Indian journal of veterinary science and animal husbandry - Volume 1,
Year: 1931
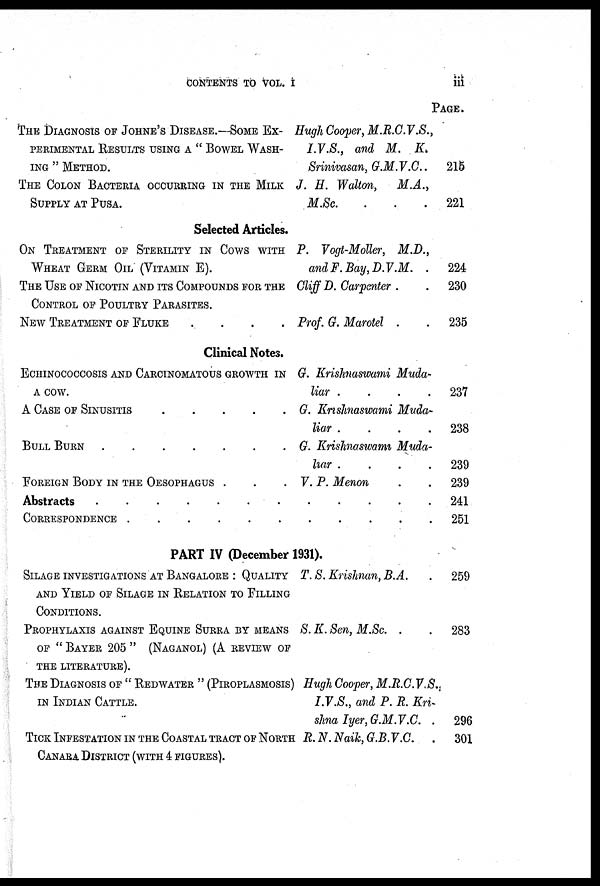
CONTENTS TO VOL. I
iii
THE DIAGNOSIS OF JOHNE'S DISEASE.—SOME EX-
PERIMENTAL RESULTS USING A " BOWEL WASH-
ING " METHOD.
THE COLON BACTERIA OCCURING IN THE MILK
SUPPLY AT PUSA.
Selected Articles.
ON TREATMENT OF STERILITY IN COWS WITH
WHEAT GERM OIL (VITAMIN E).
THE USE OF NICOTIN AND ITS COMPOUNDS FOR THE
CONTROL OF POULTRY PARASITES.
NEW TREATMENT OF FLUKE ....
Clinical Notes.
ECHINOCOCCOSIS AND CARCINOMATOUS GROWTH IN
A COW.
A
CASE
OF
SINUSITIS
BULL BURN
FOREIGN BODY IN THE OESOPHAGUS .
Abstracts
.......
CORRESPONDENCE
PAGE.
Hugh Cooper, M.R.C.V.S.,
I.V.S., and M.
K
Srinivasan, G.M.V.C.
J. H. Walton,
M.A.,
M.Sc.
...
P. Vogt-Moller, M.D.,
and F.Bay, D.V.M. .
Cliff D. Carpenter .
Prof. G. Marotel .
G. Krishnaswami Muda-
liar
....
G. Krishnaswami Muda-
liar
....
G. Krishnaswami Muda-
liar
....
V. P. Menon
.
.
PART IV (December 1931).
SILAGE INVESTIGATIONS AT BANGALORE : QUALITY
AND YIELD OF SILAGE IN RELATION TO FILLING
CONDITIONS.
PROPHYLAXIS AGAINST EQUINE SURRA BY MEANS
OF " BAYER 205 " (NAGANOL) (A REVIEW OF
THE LITERATURE).
THE DIAGNOSIS OF " REDWATER " (PIROPLASMOSIS)
IN INDIAN CATTLE.
T. S. Krishnan, B.A.
S. K. Sen, M.Sc. .
Hugh Cooper, M.R.C.V.S.,
I.V.S., and P. R. Kri-
shna Iyer, G.M.V.C. .
TICK INFESTATION IN THE COASTAL TRACT OF NORTH R. N. Naik, G.B.V.C.
CANARA DISTRICT (WITH 4 FIGURES).
215
221
224
230
235
237
238
239
239
241
251
259
283
296
301